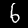
Digit: 6